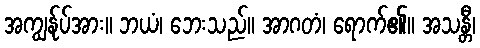
အကျွန်ုပ်အား။ ဘယံ၊ ဘေးသည်။ အာဂတံ၊ ရောက်၏။ အသန္တီ၊